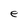
Character: e